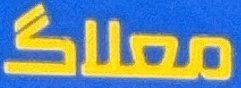
معلاگ